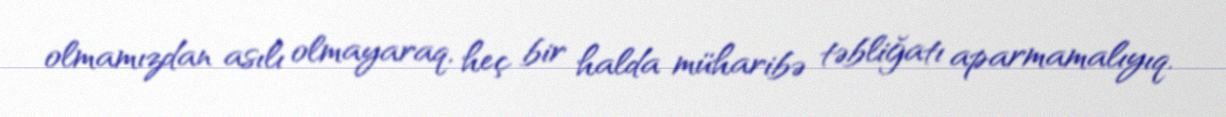
olmamızdan asılı olmayaraq, heç bir halda müharibə təbliğatı aparmamalıyıq.